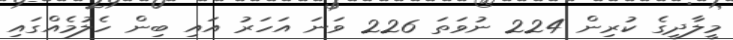
މީލާދީގެ ކުރިން 224 ނުވަތަ 226 ވަނަ އަހަރު އައި ބިން ހެލުމެއްގައި